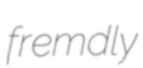
fremdly